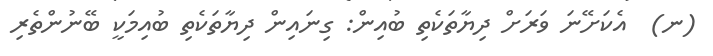
(ނ)  އެކަށޭނަ ވަރަށް ދިޔާތަކެތި ބުއިން: ގިނައިން ދިޔާތަކެތި ބުއިމަކީ ބޭނުންތެރި